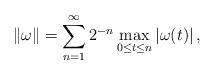
LaTeX: \begin{align*}\lVert\omega\rVert=\sum_{n=1}^{\infty}2^{-n}\max_{0\leq t\leq n}\left|\omega(t)\right|,\end{align*}